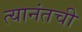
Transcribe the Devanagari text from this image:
त्यानंतची